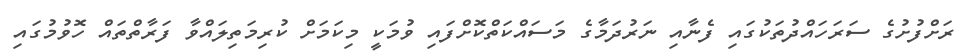
ރަށްފުށުގެ ސަރަހައްދުތަކުގައި ފެނާއި ނަރުދަމާގެ މަސައްކަތްކޮށްފައި ވުމަކީ މިކަމަށް ކުރިމަތިލައްވާ ފަރާތްތައް ހޮވުމުގައި